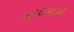
મરદાનગી